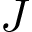
J